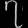
Digit: ၇